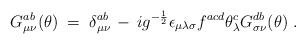
LaTeX: \begin{align*}G_{\mu\nu}^{ab} (\theta) \;=\; \delta_{\mu\nu}^{ab} \,-\, i g^{-\frac{1}{2}}\epsilon_{\mu\lambda\sigma} f^{acd} \theta_\lambda^c G_{\sigma\nu}^{db}(\theta)\;.\end{align*}